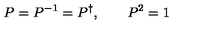
P = P ^ { - 1 } = P ^ { \dagger } , \qquad P ^ { 2 } = 1